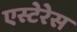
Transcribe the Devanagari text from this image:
एस्टेरेस